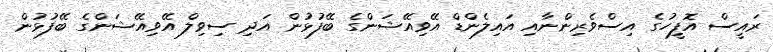
ރައީސް އޮފީހުގެ އިސްވެރިންނާއި އައިލެންޑް އޭވިއޭޝަންގެ ބޭފުޅުން އަދި ސިވިލް އޭވިއޭޝަންގެ ބޭފުޅުން